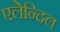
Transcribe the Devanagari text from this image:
एलेन्दिल